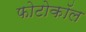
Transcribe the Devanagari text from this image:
फोटोकॉल